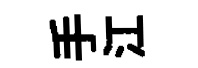
手江